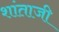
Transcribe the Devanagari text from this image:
शांताजी